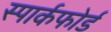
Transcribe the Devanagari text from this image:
स्पार्कफोर्ड